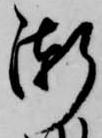
漸